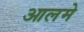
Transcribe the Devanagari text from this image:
आलमे